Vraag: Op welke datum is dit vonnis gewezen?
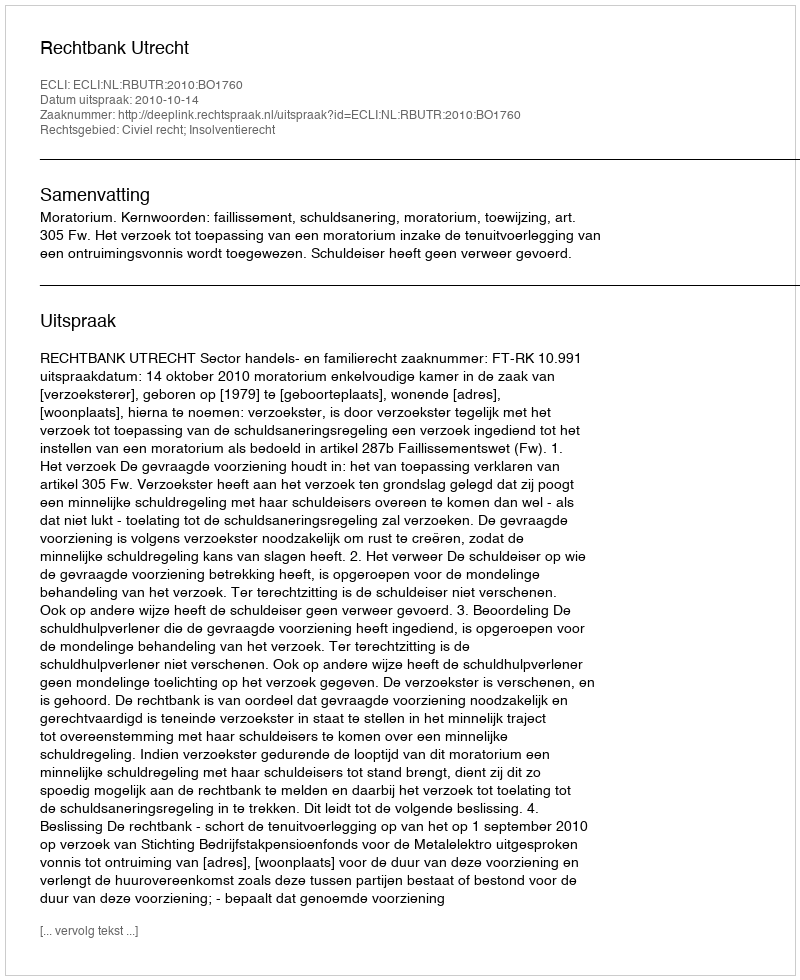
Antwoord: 2010-10-14